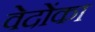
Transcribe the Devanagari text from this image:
वेदोंका